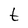
Character: t